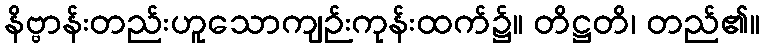
နိဗ္ဗာန်းတည်းဟူသောကျဉ်းကုန်းထက်၌။ တိဋ္ဌတိ၊ တည်၏။